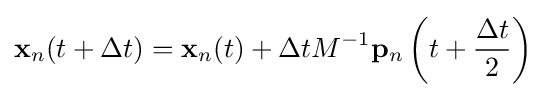
\mathbf {x} _{n}(t+\Delta t)=\mathbf {x} _{n}(t)+\Delta tM^{-1}\mathbf {p} _{n}\left(t+{\dfrac {\Delta t}{2}}\right)